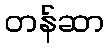
တန်ဆာ